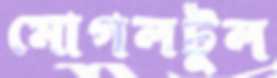
মোগলটুল